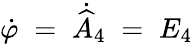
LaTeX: \dot{\varphi}\; =\; \dot{\widehat{A}}_{4}\; =\; E_{4}